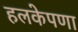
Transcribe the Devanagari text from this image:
हलकेपणा